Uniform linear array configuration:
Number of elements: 12
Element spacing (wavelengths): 0.75
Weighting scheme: hann
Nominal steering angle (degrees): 30
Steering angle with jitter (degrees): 28.512
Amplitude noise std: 0.05
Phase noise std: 0.05

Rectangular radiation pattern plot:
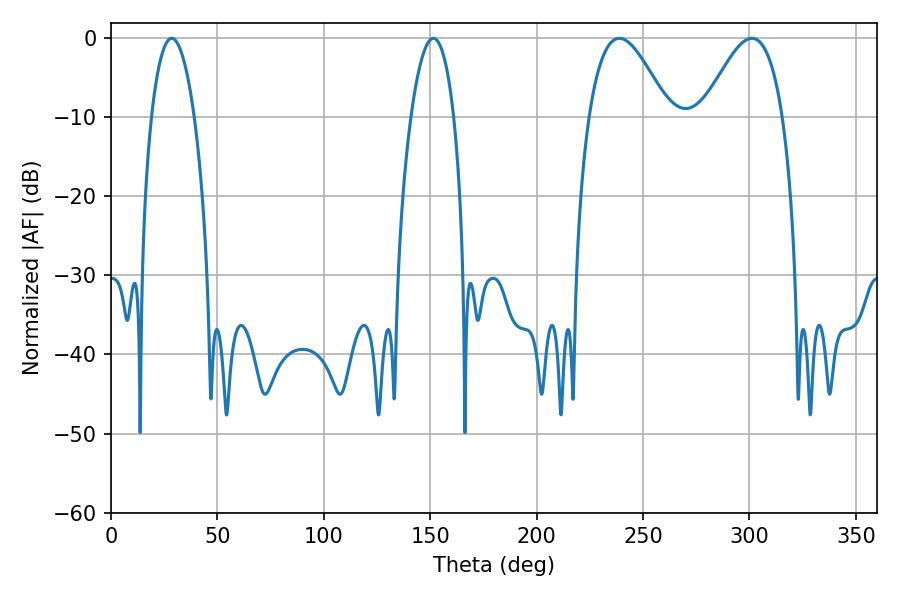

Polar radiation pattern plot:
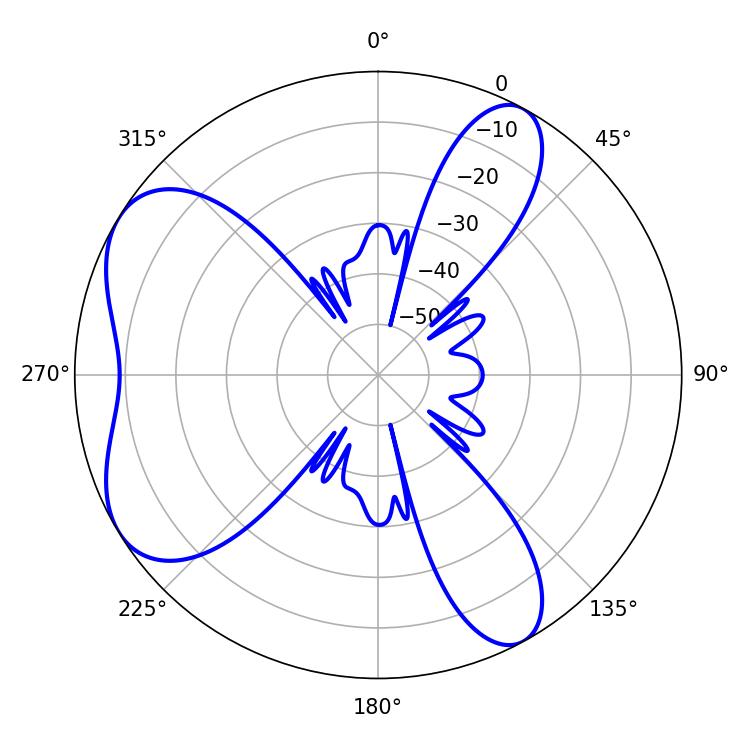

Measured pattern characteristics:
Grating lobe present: TRUE
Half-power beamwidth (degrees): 20.34
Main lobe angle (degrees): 238.86